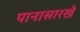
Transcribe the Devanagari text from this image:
पानासारखे